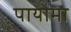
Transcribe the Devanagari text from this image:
पायोमा